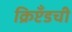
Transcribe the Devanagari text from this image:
क्रिप्टँडची